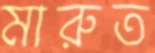
মারুত